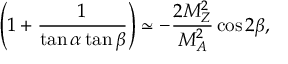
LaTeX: \left( 1 + \frac { 1 } { \tan \alpha \tan \beta } \right) \simeq - \frac { 2 M _ { Z } ^ { 2 } } { M _ { A } ^ { 2 } } \cos 2 \beta ,